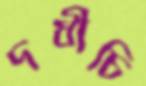
দধীচি